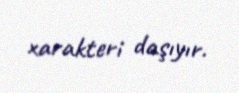
xarakteri daşıyır.